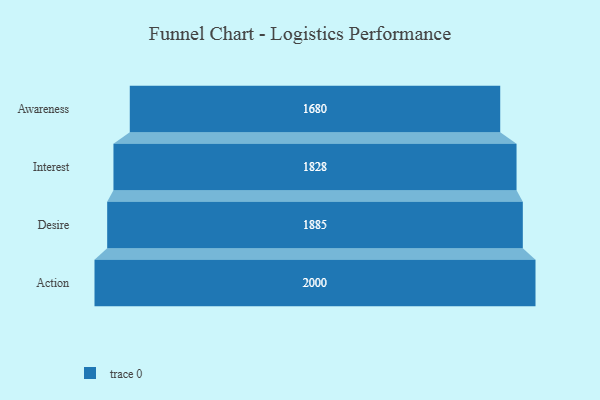
{"axis": {"x": "Stage", "y": "Value"}, "legend": [""], "data": [{"x": "Awareness", "y": 1680.0, "type": ""}, {"x": "Interest", "y": 1828.0, "type": ""}, {"x": "Desire", "y": 1885.0, "type": ""}, {"x": "Action", "y": 2000, "type": ""}]}